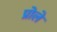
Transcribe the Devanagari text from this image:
प्रोले